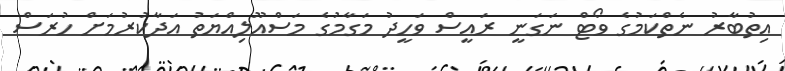
އިތުބާރު ނެތްކަމުގެ ވޯޓް ނަގަނީ ރައީސް ވަހީދު މަގާމުގެ މަސްއޫލިއްޔަތު އަދާކުރުމަށް ހުރަސް